Vaccination in the Punjab 1883-1896 - 1883-1896
Year: 1883
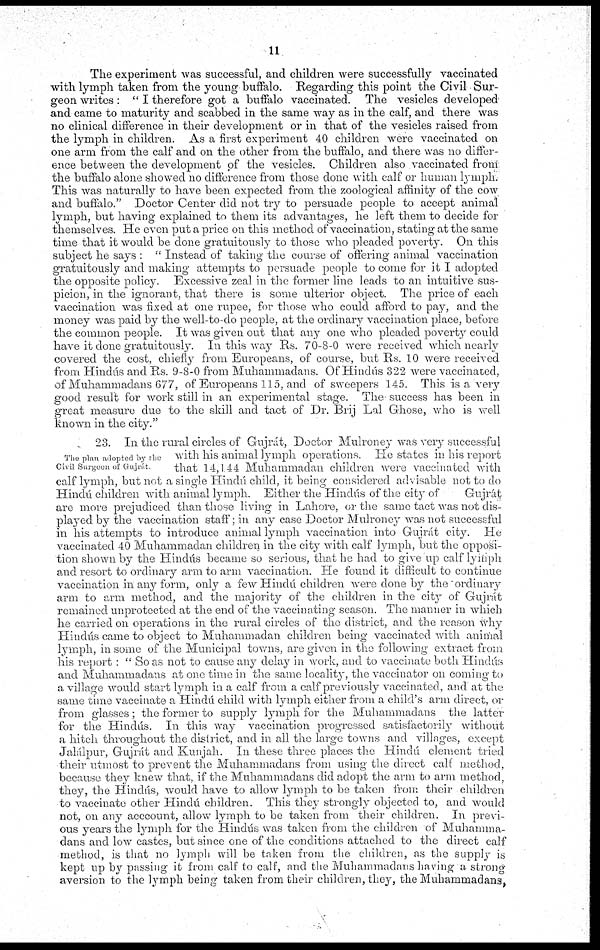
11
The experiment was successful, and children were successfully vaccinated
with lymph taken from the young buffalo. Regarding this point the Civil Sur-
geon writes : "I therefore got a buffalo vaccinated. The vesicles developed
and came to maturity and scabbed in the same way as in the calf, and there was
no clinical difference in their development or in that of the vesicles raised from
the lymph in children. As a first experiment 40 children were vaccinated on
one arm from the calf and on the other from the buffalo, and there was no differ-
ence between the development of the vesicles. Children also vaccinated from
the buffalo alone showed no difference from those done with calf or human lymph
This was naturally to have been expected from the zoological affinity of the cow
and buffalo." Doctor Center did not try to persuade people to accept animal
lymph, but having explained to them its advantages, he left them to decide for
themselves. He even put a price on this method of vaccination, stating at the same
time that it would be done gratuitously to those who pleaded poverty. On this
subject he says : "Instead of taking the course of offering animal vaccination
gratuitously and making attempts to persuade people to come for it I adopted
the opposite policy. Excessive zeal in the former line leads to an intuitive sus-
picion, in the ignorant, that there is some ulterior object. The. price of each
vaccination was fixed at one rupee, for those who could afford to pay, and the
money was paid by the well-to-do people, at the ordinary vaccination place, before
the common people. It was given out that any one who pleaded poverty could
have it done gratuitously. In this way Rs. 70-8-0 were received which nearly
covered the cost, chiefly from Europeans, of course, but Rs. 10 were received
from Hindús and Rs. 9-8-0 from Muhammadans. Of Hindús 322 were vaccinated,
of Muhammadans 677, of Europeans 115, and of sweepers 145. This is a very
good result for work still in an experimental stage. The success has been in
great measure due to the skill and tact of Dr. Brij Lal Ghose, who is well
known in the city."
The plan adopted by the
Civil Surgeon of Gujrát.
23. In the rural circles of Gujrát, Doctor Mulroney was very successful
with his animal lymph operations. He states in his report
that 14,1.44 Muhammadan children were vaccinated with
calf lymph, but not a single Hindú child, it being considered advisable not to do
Hindú children with animal lymph. Either the Hindús of the city of
Gujrát
are more prejudiced than those living in Lahore, or the same tact was not dis-
played by the vaccination staff; in any case Doctor Mulroney was not successful
in his attempts to introduce animal lymph vaccination into Gujrát city. He
vaccinated 40 Muhammadan children in the city with calf lymph, but the opposi-
tion shown by the Hindús became so serious, that he had to give up calf lymph
and resort to ordinary arm to arm vaccination. He found it difficult to continue
vaccination in any form, only a few Hindú children were done by the ordinary
arm to arm method, and the majority of the children in the city of Gujrát
remained unprotected at the end of the vaccinating season. The manner in which
he carried on operations in the rural circles of the district, and the reason why
Hindús came to object to Muhammadan children being vaccinated with animal
lymph, in some of the Municipal towns, are given in the following extract from
his report : "So as not to cause any delay in work, and to vaccinate both Hindús
and Muhammadans at one time in the same locality, the vaccinator on coming to
a village would start lymph in a calf from a calf previously vaccinated, and at the
same time vaccinate a Hindú child with lymph either from a child's arm direct, or
from glasses; the former to supply lymph for the Muhammadans the latter
for the Hindús. In this way vaccination progressed satisfactorily without
a hitch throughout the district, and in all the large towns and villages, except
Jalálpur, Gujrát and Kunjah. In these three places the Hindú element tried
their utmost to prevent the Muhammadans from using the direct calf method,
because they knew that, if the Muhammadans did adopt the arm to arm method,
they, the Hindús, would have to allow lymph to be taken from their children
to vaccinate other Hindú children. This they strongly objected to, and would
not, on any acccount, allow lymph to be taken from their children. In previ-
ous years the lymph for the Hindús was taken from the children of Muhamma-
dans and low castes, but since one of the conditions attached to the direct calf
method, is that no lymph will be taken from the children, as the supply is
kept up by passing it from calf to calf, and the Muhammadans having a strong
aversion to the lymph being taken from their children, they, the Muhammadans